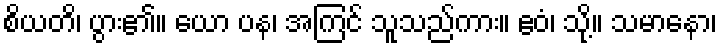
စိယတိ၊ ပွား၏။ ယော ပန၊ အကြင် သူသည်ကား။ ဧဝံ၊ သို့။ သမာနော၊